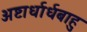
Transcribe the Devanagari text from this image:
अष्टार्धार्धबाहु